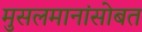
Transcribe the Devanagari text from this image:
मुसलमानांसोबत